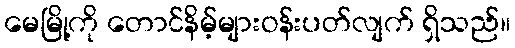
မေမြို့ကို တောင်နိမ့်များဝန်းပတ်လျက် ရှိသည်။